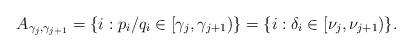
LaTeX: \begin{align*}A_{\gamma_j,\gamma_{j+1}} = \{i : p_i/q_i \in [\gamma_j, \gamma_{j+1})\} = \{i : \delta_i \in [\nu_j, \nu_{j+1})\}.\end{align*}